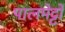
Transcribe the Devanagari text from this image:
पालमेट्टो